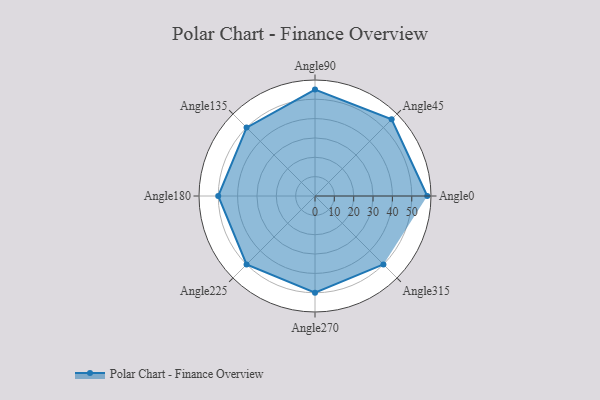
{"axis": {"x": "Angle", "y": "Radius"}, "legend": [""], "data": [{"x": "Angle0", "y": 58.0, "type": ""}, {"x": "Angle45", "y": 56.0, "type": ""}, {"x": "Angle90", "y": 55.0, "type": ""}, {"x": "Angle135", "y": 50, "type": ""}, {"x": "Angle180", "y": 50, "type": ""}, {"x": "Angle225", "y": 50, "type": ""}, {"x": "Angle270", "y": 50, "type": ""}, {"x": "Angle315", "y": 50, "type": ""}]}